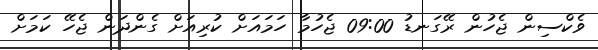
ވެކްސިން ޖެހުން ރޭގަނޑު 09:00 ޖެހުމާ ހަމައަށް ކުރިއަށް ގެންދަން ޖެހޭ ކަމަށް